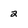
Character: 2